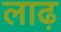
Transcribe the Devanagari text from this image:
लाढ़